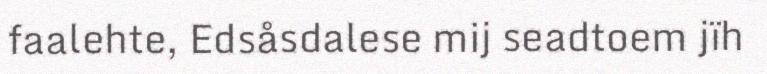
faalehte, Edsåsdalese mij seadtoem jïh